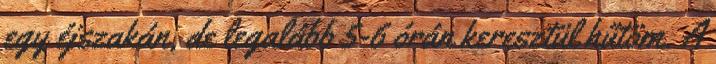
egy éjszakán, de legalább 5-6 órán keresztül hűtöm. A